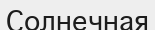
Солнечная